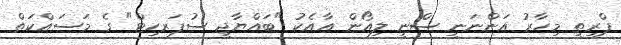
ޕްރިތީ މިހާރު އަންނަނީ ސްނީ ލިއޯން އާއެކު "ބައްޔާޖީ ސުޕަރހިޓް" ގެ މަސައްކަތް